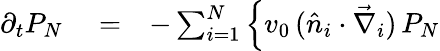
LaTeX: \begin{array}{rlr}{\partial_{t}P_{N}}&{{}=}&{-\sum_{i=1}^{N}\Big\{ v_{0}\, (\hat{n}_{i}\cdot\vec{\nabla}_{i})\, P_{N}}\end{array}